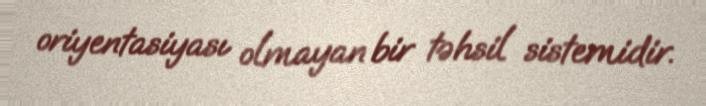
oriyentasiyası olmayan bir təhsil sistemidir.